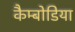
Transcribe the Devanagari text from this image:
कैम्बोडिया